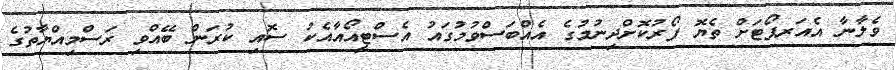
ވެލާނާ އެއަރޕޯޓަށް ތެޔޮ ފޯރުކޮށްދިނުމުގެ އެއްބަސްވުމުގައު އެސްޓީއޯއާއެކު ސޮއި ކުރަން ބޭއްވި ރަސްމިއްޔާތުގެ